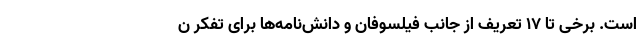
است. برخی تا ۱۷ تعریف از جانب فیلسوفان و دانش‌نامه‌ها برای تفکر ن